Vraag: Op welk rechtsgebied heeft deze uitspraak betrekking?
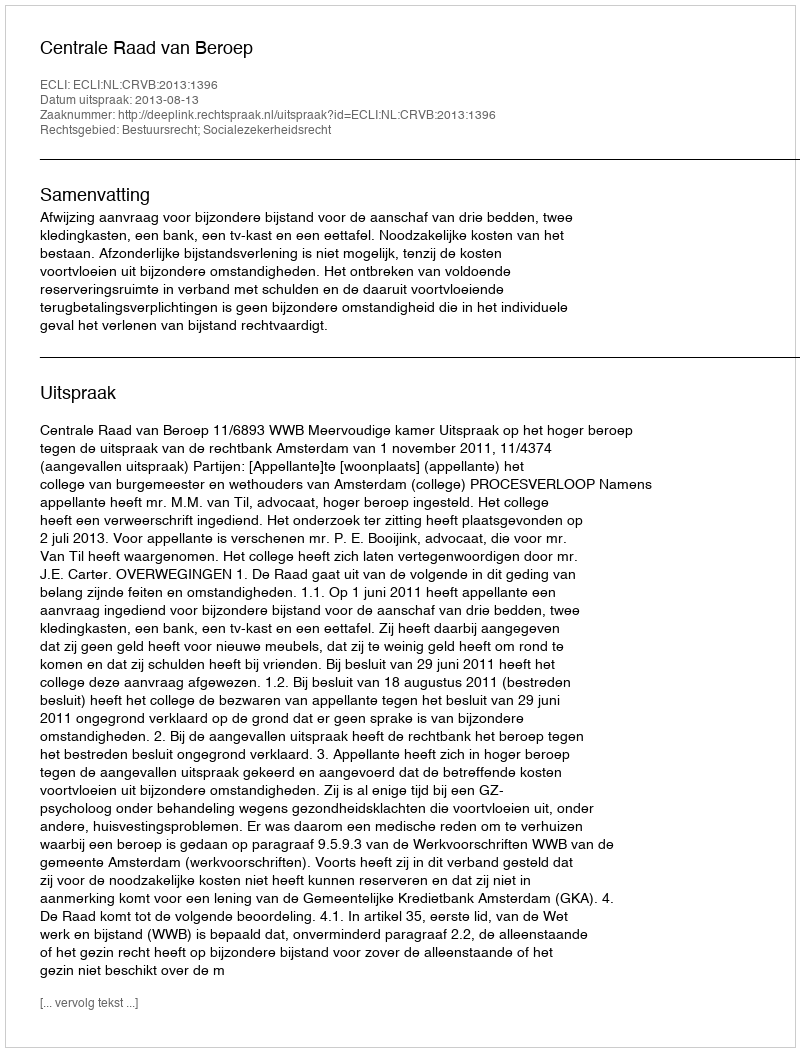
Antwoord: Bestuursrecht; Socialezekerheidsrecht